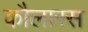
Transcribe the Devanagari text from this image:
कौलारस